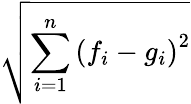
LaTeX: \sqrt{\sum_{i=1}^{n}\left(f_{i}-g_{i}\right)^{2}}